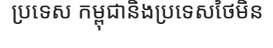
ប្រទេស កម្ពុជានិងប្រទេសថៃមិន